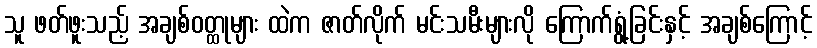
သူ ဖတ်ဖူးသည့် အချစ်ဝတ္ထုများ ထဲက ဇာတ်လိုက် မင်းသမီးများလို ကြောက်ရွံ့ခြင်းနှင့် အချစ်ကြောင့်